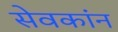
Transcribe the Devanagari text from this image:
सेवकांन